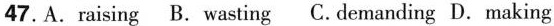
47.A. raising B. wasting C. demanding D. making